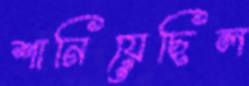
শানিয়েছিল